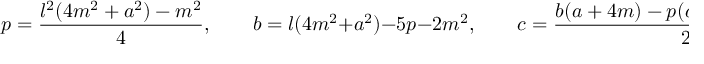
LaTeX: p = { \frac { l ^ { 2 } ( 4 m ^ { 2 } + a ^ { 2 } ) - m ^ { 2 } } { 4 } } , \qquad b = l ( 4 m ^ { 2 } + a ^ { 2 } ) - 5 p - 2 m ^ { 2 } , \qquad c = { \frac { b ( a + 4 m ) - p ( a - 4 m ) - a ^ { 2 } m } { 2 } }